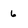
Character: 6